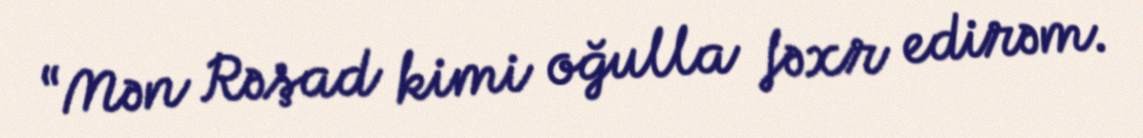
“Mən Rəşad kimi oğulla fəxr edirəm.